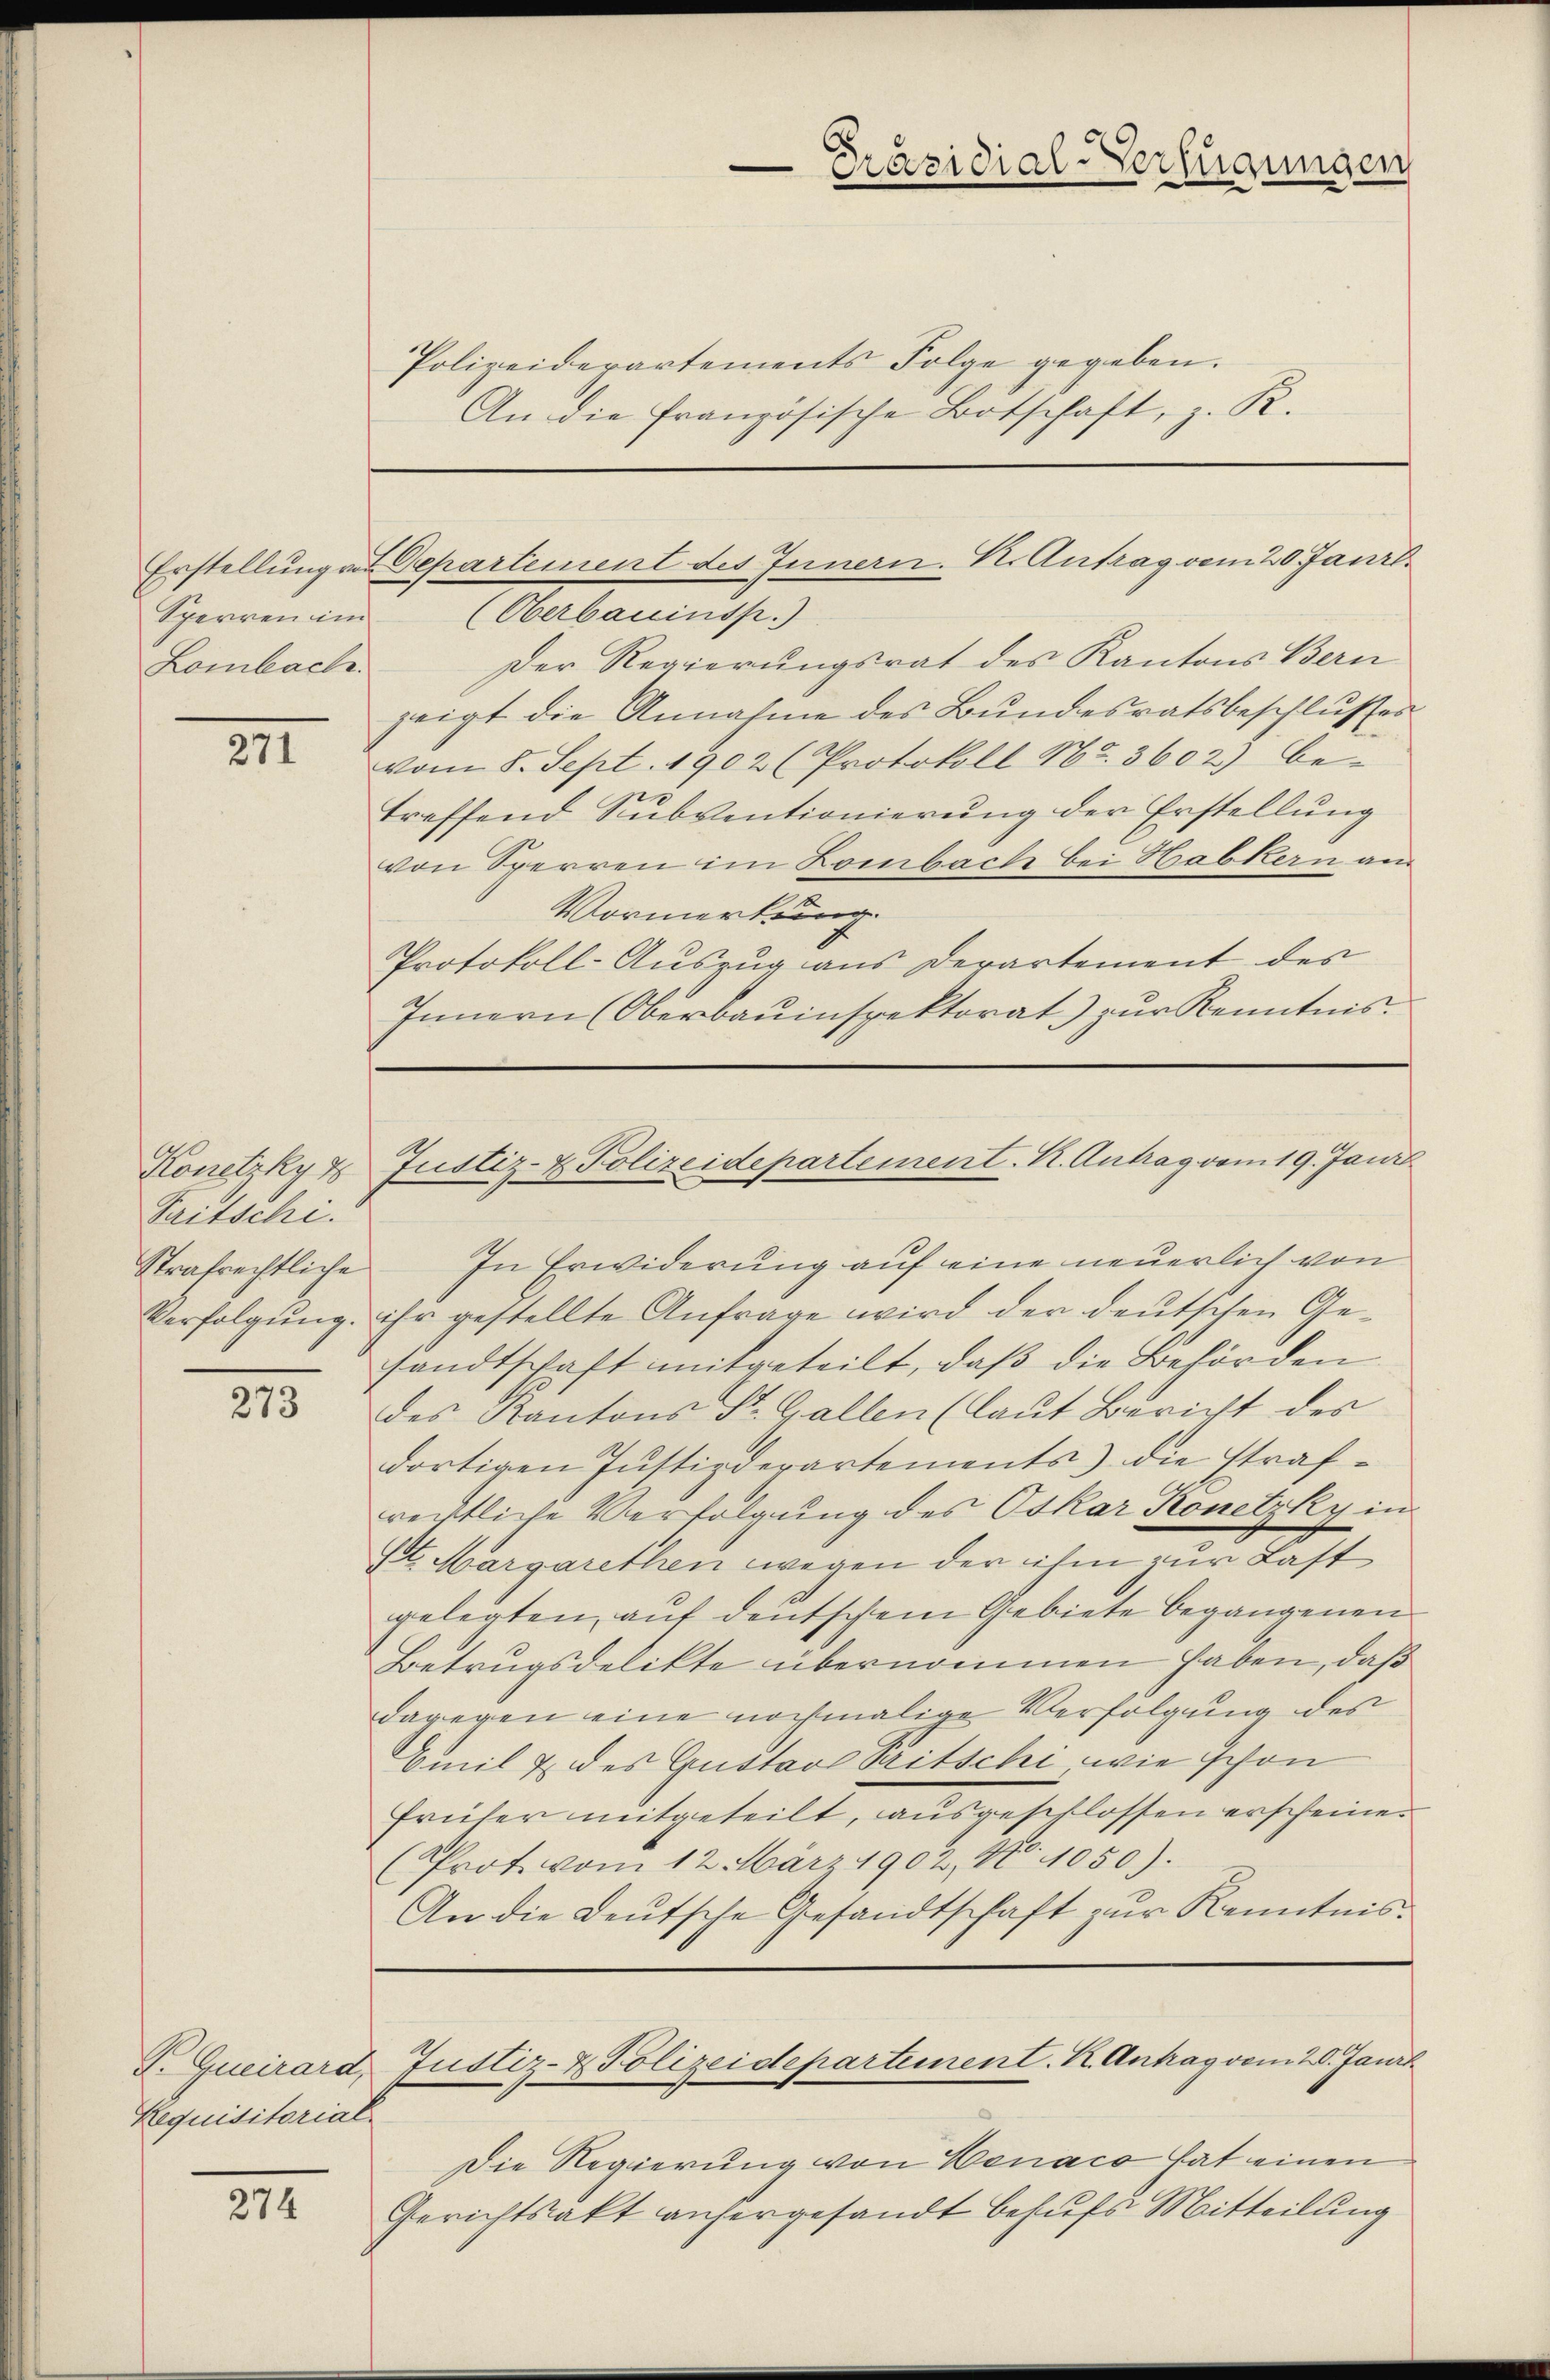
Sperren im
Lombach.

271

Pritschi.
Strafrechtliche

273

Dr Guirard,
Requisitorial

274

Polizeiderartements Folge gegeben.
An die Französische Botschaft, z. R.

(Oberbauinsp.)
Der Regierungsrat des Kantons Bern
zeigt die Annahme des Bundesratsbeschlusses
vom 8. Sept. 1902 (Protokoll No. 3602) be-
treffend Subventionierung der Erstellung
von Sperren im Lombach bei Habkern an
Vormerkung.
Protokoll-Auszug aus derartement des
Innern (Oberbauinspektorat) zur Kenntnis.

.
Präsidial-Verzugungen

Erstellŭng von Departement des Innern. N. Antrag vom 20. Janr.

In Erwiderung auf eine neuerlich von
Verfolgung ihr gestellte Anfrage wird der deutschen Gesandtschaft mitgeteilt, daβ die Behörden
des Kantons St. Gallen (laut Bericht des
dortigen Justizderartements) die strafrechtliche Verfolgung des Oskar Konetzky in
St. Margarethen wegen der ihm zur Last
gelegten, auf deutschem Gebiete begangenen
Betrugsdelikte übernommen haben, daß
dagegen eine nochmalige Verfolgung des
Emil & des Gustav Pitschi, wie schon
früher mitgeteilt, ausgeschlossen erscheine.
Prot. vom 12. März 1902, No. 1050).
An die Deutsche Gesandtschaft zŭr Kenntnis-

Konetzky u Justiz- & Polizeidepartement. K. Antrag vom 19. Jani

Die Regierung von Benaco hat einen
Gerichtsakt anhergesandt behufs Mitteilung

Justiz- & Polizeidepartement. K. Antrag vom 20. Janit